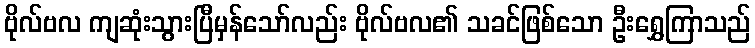
ဗိုလ်ဗလ ကျဆုံးသွားပြီမှန်သော်လည်း ဗိုလ်ဗလ၏ သခင်ဖြစ်သော ဦးရွှေကြာသည်